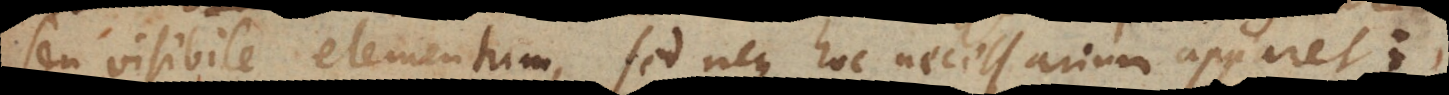
seu visibile elementum, sed neque hoc necessarium apparet;